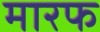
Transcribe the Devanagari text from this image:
मारफ